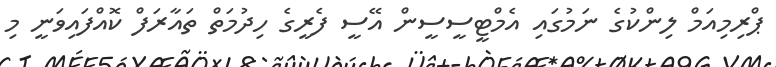
ޕްރިމިއަމް ލިންކުގެ ނަމުގައި އެމްޓީސީސީން އޭސީ ފެރީގެ ހިދުމަތް ތައާރަފް ކޮއްފައިވަނީ މި